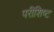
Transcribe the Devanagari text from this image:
परीशिष्ट